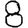
Digit: 8